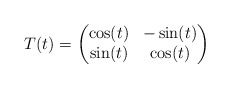
\begin{align*} T(t)=\begin{pmatrix} \cos(t) & -\sin(t) \\ \sin(t) & \cos(t) \end{pmatrix}\end{align*}